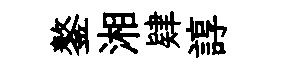
鏊湘肄諄